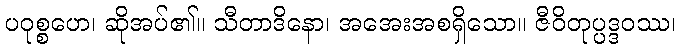
ပဝုစ္စဟေ၊ ဆိုအပ်၏။ သီတာဒိနော၊ အအေးအစရှိသော။ ဇီဝိတုပ္ပဒ္ဒဝဿ၊